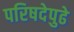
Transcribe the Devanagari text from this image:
परिषदेपुढे